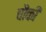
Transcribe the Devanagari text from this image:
चौंकी